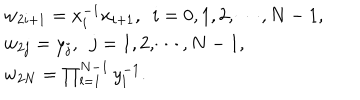
LaTeX: \begin{array} { l } { { w _ { 2 i + 1 } = x _ { i } ^ { - 1 } x _ { i + 1 } , ~ ~ i = 0 , 1 , 2 , \cdots , N - 1 , } } \\ { { w _ { 2 j } = y _ { j } , ~ ~ j = 1 , 2 , \cdots , N - 1 , } } \\ { { w _ { 2 N } = \prod _ { l = 1 } ^ { N - 1 } y _ { l } ^ { - 1 } . } } \\ \end{array}